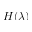
H ( \lambda )